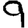
Digit: 9